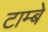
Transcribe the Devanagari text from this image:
टाम्बे